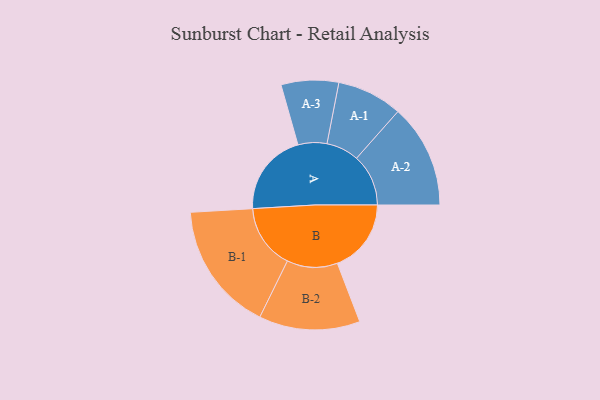
{"axis": {"x": "Segment", "y": "Value"}, "legend": ["", "A", "B"], "data": [{"x": "A", "y": 381, "type": ""}, {"x": "B", "y": 339, "type": ""}, {"x": "A-1", "y": 150, "type": "A"}, {"x": "A-2", "y": 238, "type": "A"}, {"x": "A-3", "y": 132, "type": "A"}, {"x": "B-1", "y": 297, "type": "B"}, {"x": "B-2", "y": 232, "type": "B"}]}